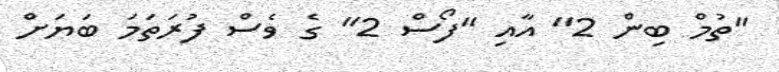
"ތުމް ބިން 2" އާއި "ފޯސް 2" ގެ ވެސް ފުރަތަަމަ ބަޔަށް